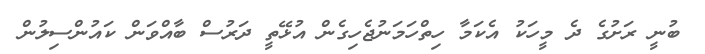
ބުނީ ރަށުގެ ދެ މީހަކު އެކަމާ ހިތްހަމަނުޖެހިގެން އުޅޭތީ ދަރުސް ބާއްވަން ކައުންސިލުން